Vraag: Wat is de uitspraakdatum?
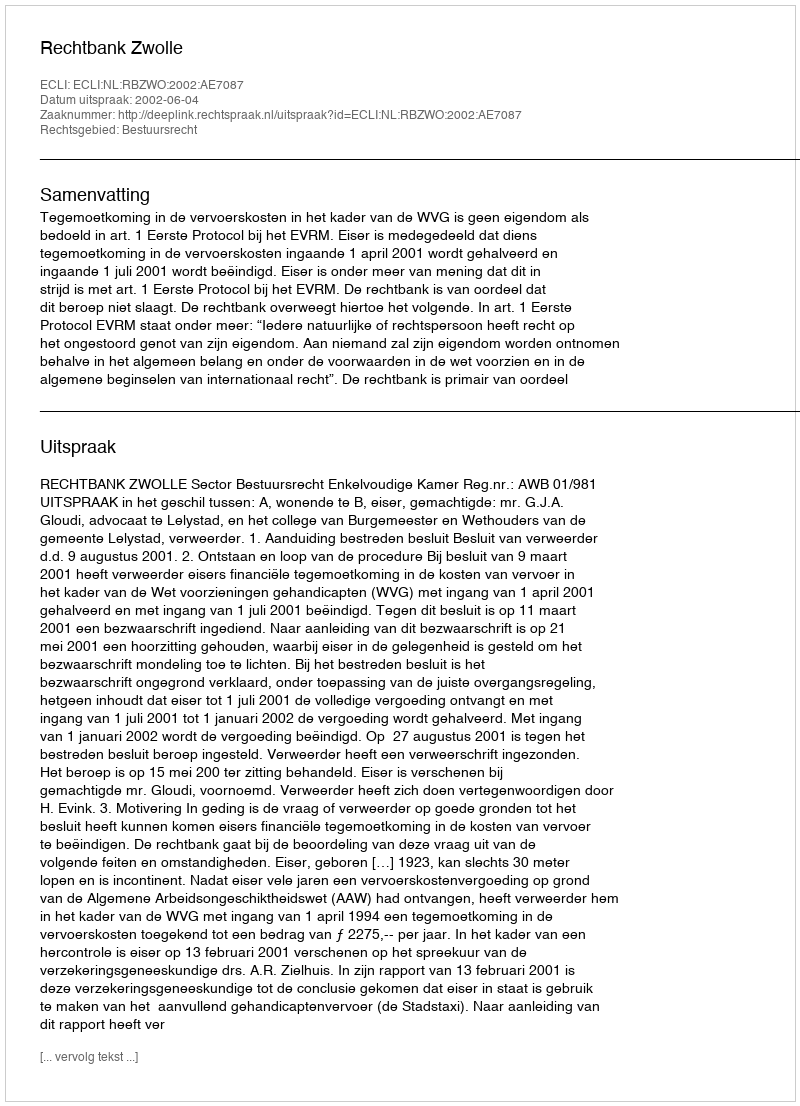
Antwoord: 2002-06-04